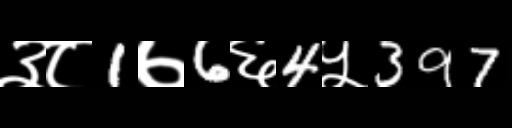
Text: ३८1७6६4५397